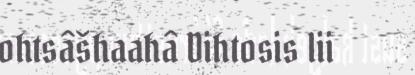
ohtsâšhaahâ Dihtosis lii